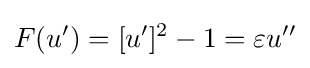
F(u')=[u']^{2}-1=\varepsilon u''